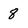
Character: 8